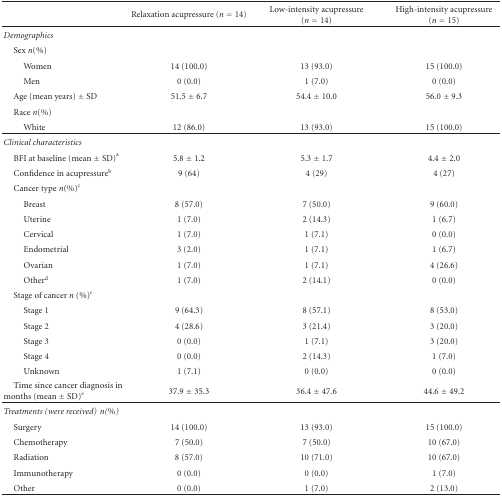
<table><thead><tr><td></td><td><b>Relaxation acupressure (<i>n</i> = 14)</b></td><td><b>Low-intensity acupressure (<i>n</i> = 14)</b></td><td><b>High-intensity acupressure (<i>n</i> = 15)</b></td></tr></thead><tbody><tr><td><i>Demographics</i></td><td></td><td></td><td></td></tr><tr><td> Sex <i>n</i>(%)</td><td></td><td></td><td></td></tr><tr><td>Women</td><td>14 (100.0)</td><td>13 (93.0)</td><td>15 (100.0)</td></tr><tr><td>Men</td><td>0 (0.0)</td><td>1 (7.0)</td><td>0 (0.0)</td></tr><tr><td> Age (mean years) ± SD</td><td>51.5 ± 6.7</td><td>54.4 ± 10.0</td><td>56.0 ± 9.3</td></tr><tr><td> Race <i>n</i>(%)</td><td></td><td></td><td></td></tr><tr><td>White</td><td>12 (86.0)</td><td>13 (93.0)</td><td>15 (100.0) </td></tr><tr><td><i>Clinical characteristics</i></td><td></td><td></td><td></td></tr><tr><td> BFI at baseline (mean ± SD)<sup>a</sup></td><td>5.8 ± 1.2</td><td>5.3 ± 1.7</td><td>4.4 ± 2.0</td></tr><tr><td> Confidence in acupressure<sup>b</sup></td><td>9 (64)</td><td>4 (29)</td><td>4 (27)</td></tr><tr><td> Cancer type <i>n</i>(%)<sup>c</sup></td><td></td><td></td><td></td></tr><tr><td>Breast</td><td>8 (57.0)</td><td>7 (50.0)</td><td>9 (60.0)</td></tr><tr><td>Uterine</td><td>1 (7.0)</td><td>2 (14.3)</td><td>1 (6.7)</td></tr><tr><td>Cervical</td><td>1 (7.0)</td><td>1 (7.1)</td><td>0 (0.0)</td></tr><tr><td>Endometrial</td><td>3 (2.0)</td><td>1 (7.1)</td><td>1 (6.7)</td></tr><tr><td>Ovarian</td><td>1 (7.0)</td><td>1 (7.1)</td><td>4 (26.6)</td></tr><tr><td>Other<sup>d</sup></td><td>1 (7.0)</td><td>2 (14.1)</td><td>0 (0.0)</td></tr><tr><td> Stage of cancer <i>n</i> (%)<sup>c</sup></td><td></td><td></td><td></td></tr><tr><td>Stage 1</td><td>9 (64.3)</td><td>8 (57.1)</td><td>8 (53.0)</td></tr><tr><td>Stage 2</td><td>4 (28.6)</td><td>3 (21.4)</td><td>3 (20.0)</td></tr><tr><td>Stage 3</td><td>0 (0.0)</td><td>1 (7.1)</td><td>3 (20.0)</td></tr><tr><td>Stage 4</td><td>0 (0.0)</td><td>2 (14.3)</td><td>1 (7.0)</td></tr><tr><td>Unknown</td><td>1 (7.1)</td><td>0 (0.0)</td><td>0 (0.0)</td></tr><tr><td> Time since cancer diagnosis in months (mean ± SD)<sup>e</sup></td><td>37.9 ± 35.3</td><td>36.4 ± 47.6</td><td>44.6 ± 49.2</td></tr><tr><td><i>Treatments (were received)</i><i>n</i><i>(%) </i></td><td></td><td></td><td></td></tr><tr><td> Surgery</td><td>14 (100.0)</td><td>13 (93.0)</td><td>15 (100.0)</td></tr><tr><td> Chemotherapy</td><td>7 (50.0)</td><td>7 (50.0)</td><td>10 (67.0)</td></tr><tr><td> Radiation</td><td>8 (57.0)</td><td>10 (71.0)</td><td>10 (67.0)</td></tr><tr><td> Immunotherapy</td><td>0 (0.0)</td><td>0 (0.0)</td><td>1 (7.0)</td></tr><tr><td> Other</td><td>0 (0.0)</td><td>1 (7.0)</td><td>2 (13.0)</td></tr></tbody></table>